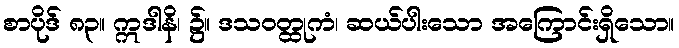
စာပိုဒ် ၈၃။ ဣဒါနိ၊ ၌။ ဒသဝတ္ထုကံ၊ ဆယ်ပါးသော အကြောင်းရှိသော။